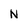
Character: N